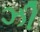
ઝી